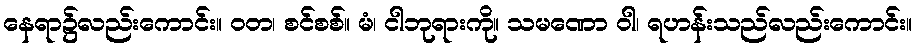
နေရာ၌လည်းကောင်း။ ဝတ၊ စင်စစ်။ မံ၊ ငါဘုရားကို။ သမဏော ဝါ၊ ရဟန်းသည်လည်းကောင်း။